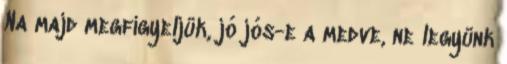
Na majd megfigyeljük, jó jós-e a medve, ne legyünk